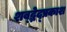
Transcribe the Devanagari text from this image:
शब्द्भेद्प्रकाश